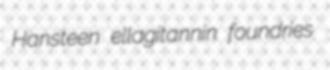
Hansteen ellagitannin foundries